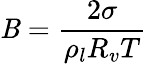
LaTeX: \mathit{B}=\frac{{2\sigma}}{{\rho_{l}R_{v}T}}